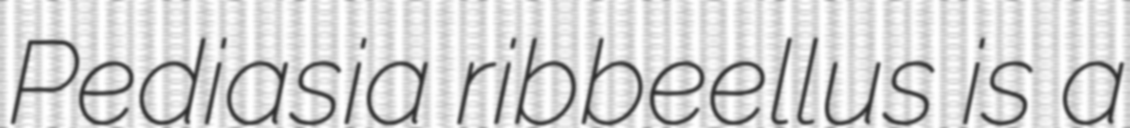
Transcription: Pediasia ribbeellus is a